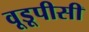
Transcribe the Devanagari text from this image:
वूडूपीसी